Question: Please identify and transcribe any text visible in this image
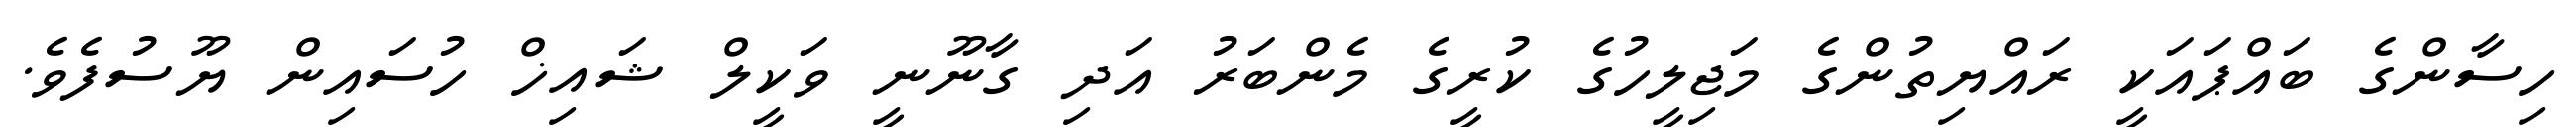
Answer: ހިސާންގެ ބައްޕައަކީ ރައްޔިތުންގެ މަޖިލީހުގެ ކުރީގެ މެންބަރު އަދި ގާނޫނީ ވަކީލް ޝައިޚް ހުސައިން ޔޫސުފެވެ.